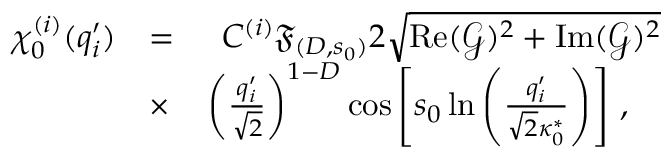
\begin{array} { r l r } { \chi _ { 0 } ^ { ( i ) } ( q _ { i } ^ { \prime } ) } & { = } & { C ^ { ( i ) } \mathfrak { F } _ { ( D , s _ { 0 } ) } 2 \sqrt { \operatorname { R e } ( \mathcal { G } ) ^ { 2 } + \operatorname { I m } ( \mathcal { G } ) ^ { 2 } } } \\ & { \times } & { \left( \frac { q _ { i } ^ { \prime } } { \sqrt { 2 } } \right) ^ { 1 - D } \cos \left[ s _ { 0 } \ln \left( \frac { q _ { i } ^ { \prime } } { \sqrt { 2 } \kappa _ { 0 } ^ { * } } \right) \right] \, , \ \ \ } \end{array}